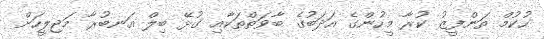
ހުކުމް ތަންފީޒު ކުރާ މީހުންގެ އަދަބުގެ ބާވަތްތަކާއި ގުޅޭ ބިލް އަނބުރާ މަޖިލީހަށް